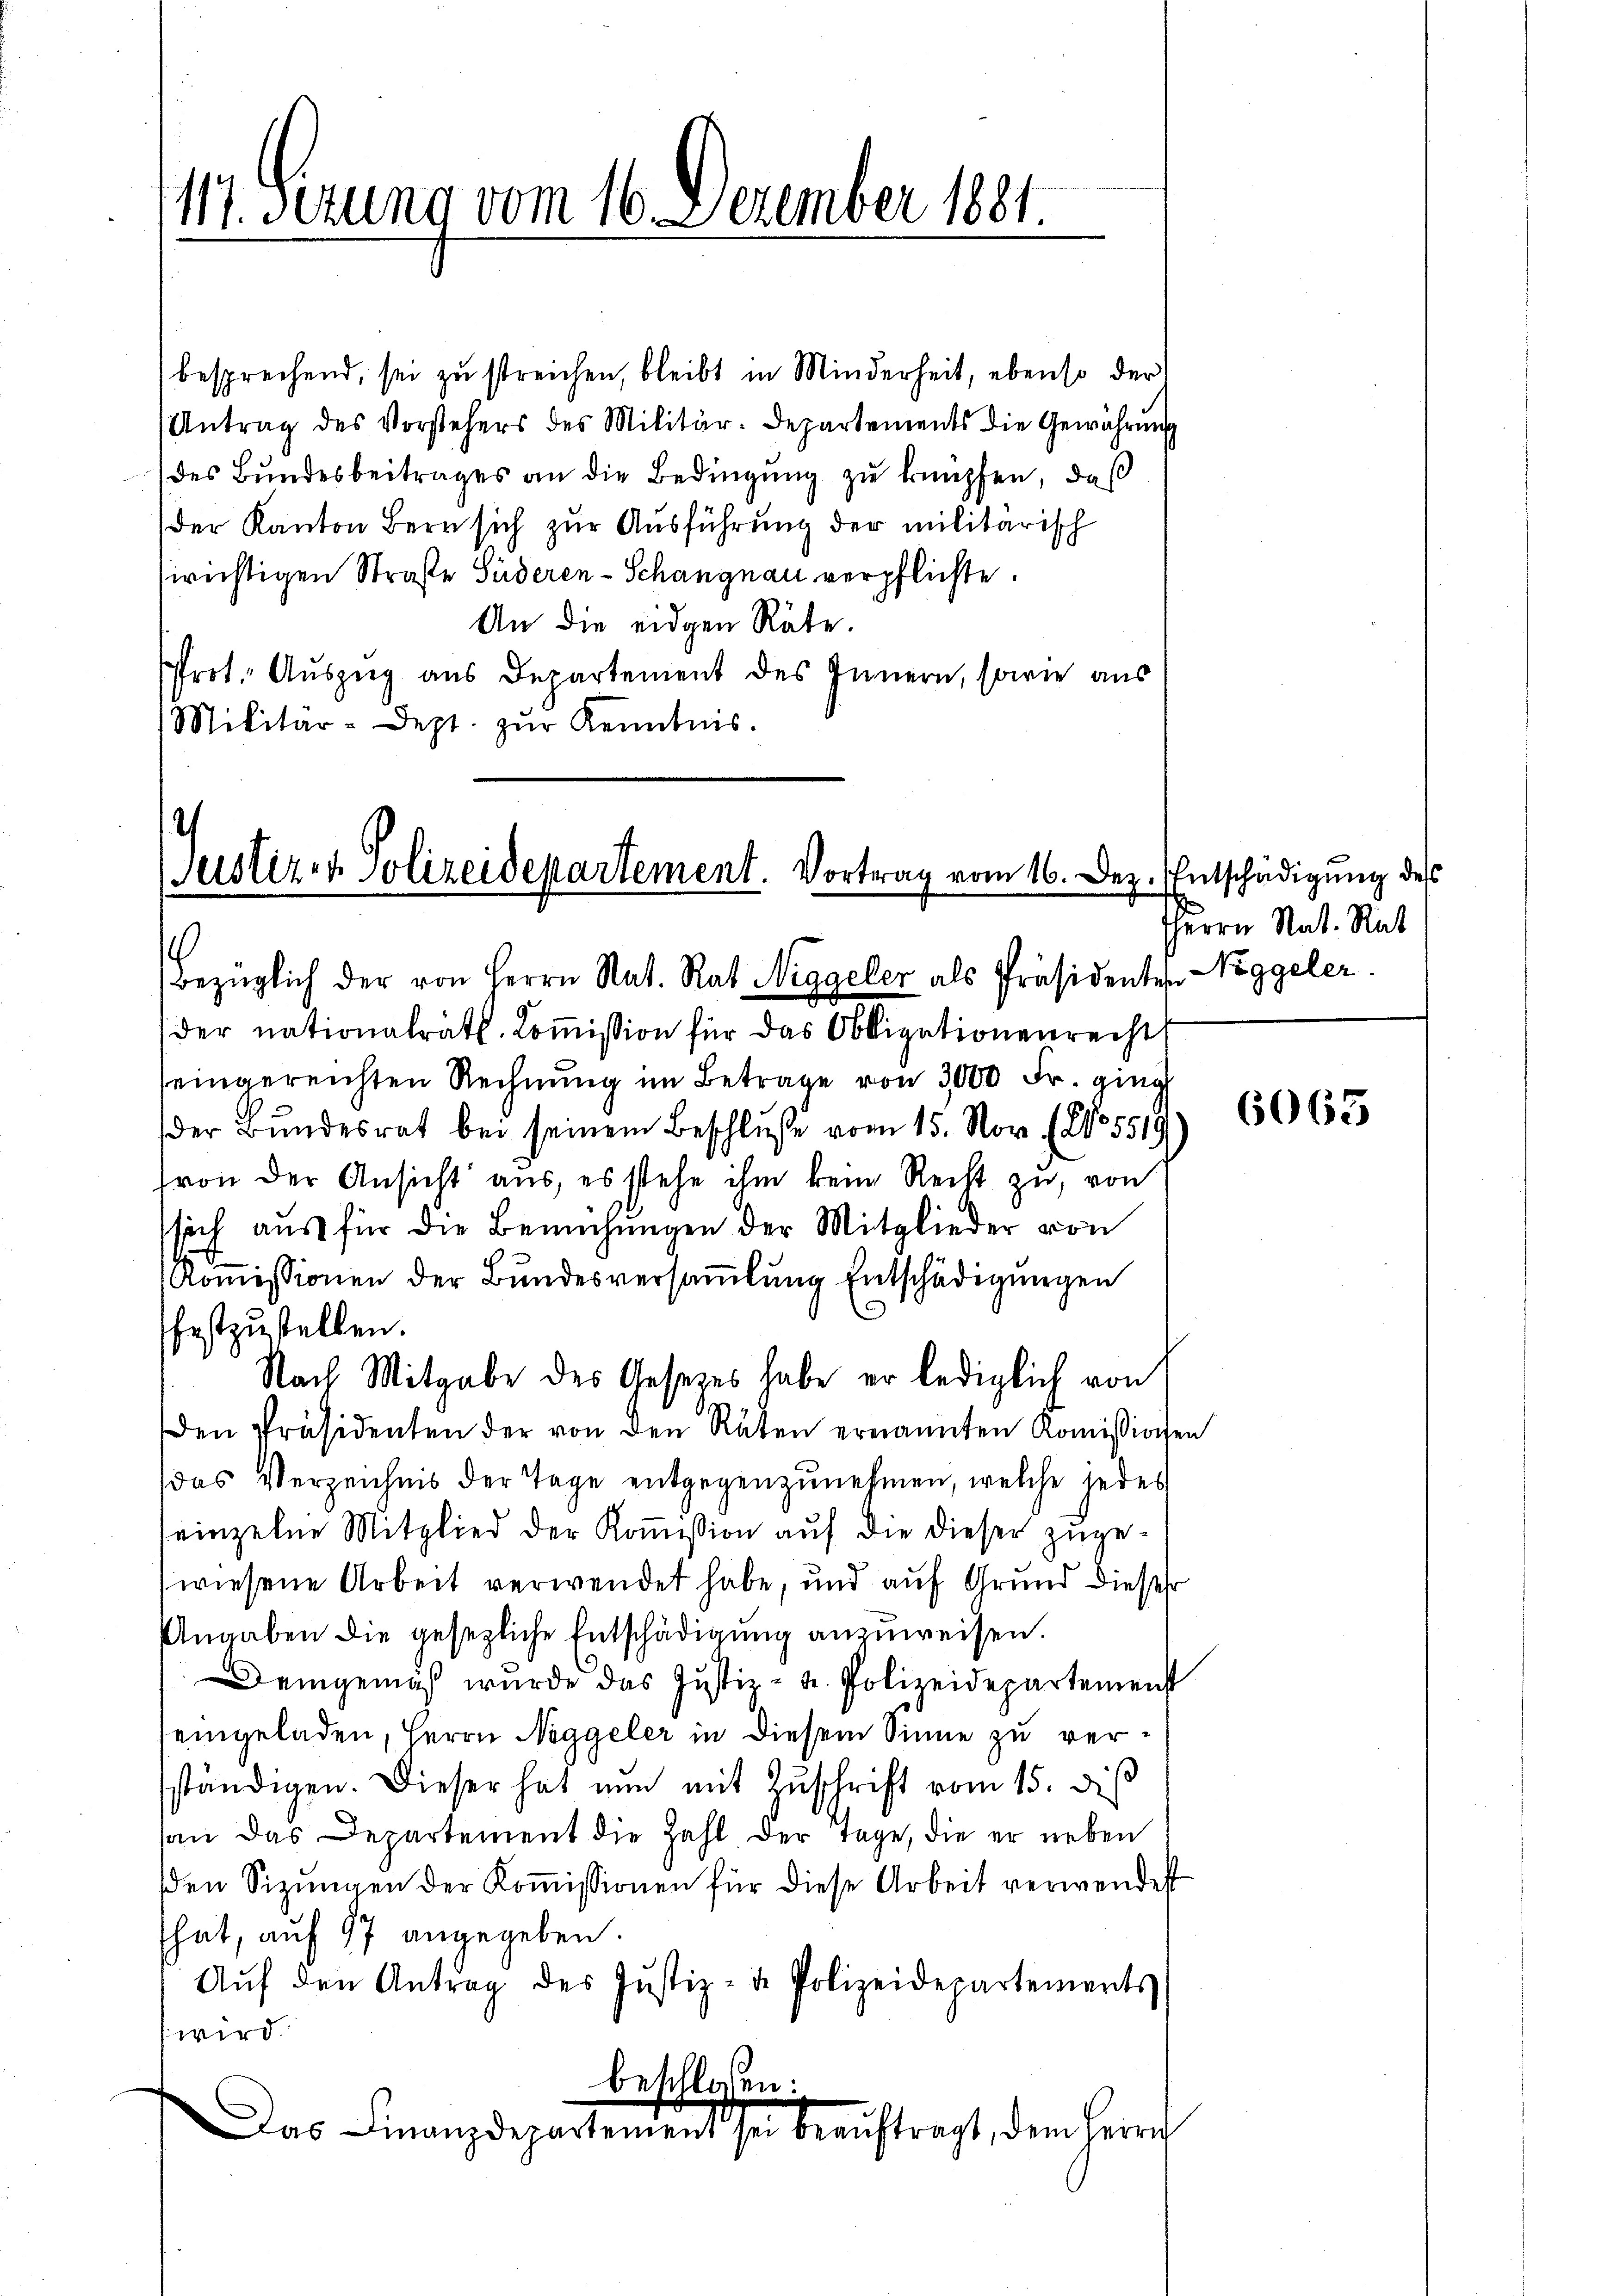
besprechend, sei zu streichen, bleibt in Minderheit, ebenso der
Antrag des Vorstehers des Militär-Departements die Gewährŭng
des Bundesbeitrages an die Bedingung zu knüpfen, daß
(der Kanton Bern sich zur Ausführung der militarisch
sirichtigen Straße Süderen - Schangnau verpflichte.
An die eidgen Räte.
Prot. Auszug aus Departement des Innern, sowie aus
Militär-Dept. zŭr Kenntnis.

117. Ferung vom 16. Dezember 1881.

.
Justizen Polizeidepartement. Vortrag vom 16. Dez.
Bezüglich der von Herrn Rat. Rat Niggeler als Präsidenten

der nationalrath. Koṁission für das Obligationenrecht
seingereichten Rechnung im Betrage von 3000 Fr. ging
der Bundesrat bei seinem Beschluße vom 15. Nov. (No. 5519
von der Ansicht aus, es stehe ihm kein Recht zu, von
sich aŭs für die Bemühŭngen der Mitglieder von
Romissionen der Bundesversamlung Entschädigungen
festzustellen.
Nach Mitgabe des Gesetzes habe er lediglich von
den Präsidenten der von den Räten ernannten Koṁissionen
das Verzeichnis der Tage entgegenzunehmen, welche jedes
einzelne Mitglied der Koṁission aŭf die dieser zuge-
wiesene Arbeit verwendet habe, und auf Grund dieses
Angaben die gesezliche Entschädigung anzuweisen.
Demgemäß wurde das Justiz- u. Polizeidepartemenst
eingeladen, Herrn Neggeler in diesem Sinne zu versständigen. Dieser hat nun mit Zŭschrift vom 15. di
han das Departement die Zahl der Tage, die er neben
den Sizungen der Koṁissionen für diese Arbeit verwendest
That, auf 97 angegeben
Aŭf den Antrag des Justiz- u. Polizeidepartements
wird.
beschlossen:
Das Finanzdepartement sei beaŭftragt, dem Herrn

Entschädigung des
HHerrn Nat. Rat
Niggeler.

6063